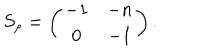
S _ { \rho } = \left( \begin{array} { c c } { { - 1 } } & { { - n } } \\ { { 0 } } & { { - 1 } } \\ \end{array} \right) .